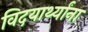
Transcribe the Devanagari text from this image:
विदयार्थ्यांना